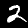
Label: 2